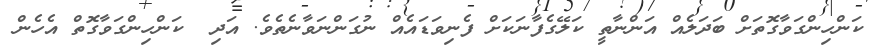
ކަންހިންގަވާގޮތަށް ބަދަލެއް އަންނާތީ ކަލޭގެފާނަކަށް ފެނިވަޑައެއް ނުގަންނަވާނެތެވެ. އަދި  ކަންހިންގަވާގޮތް އެހެން